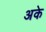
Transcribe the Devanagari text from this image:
अके